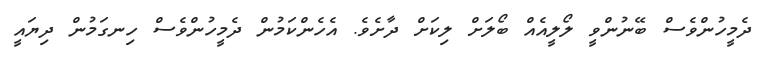
ދެމީހުންވެސް ބޭނުންވީ ލޯލީއެއް ބޯލަށް ލިކަށް ދާށެވެ. އެހެންކަމުން ދެމީހުންވެސް ހިނގަމުން ދިޔައީ